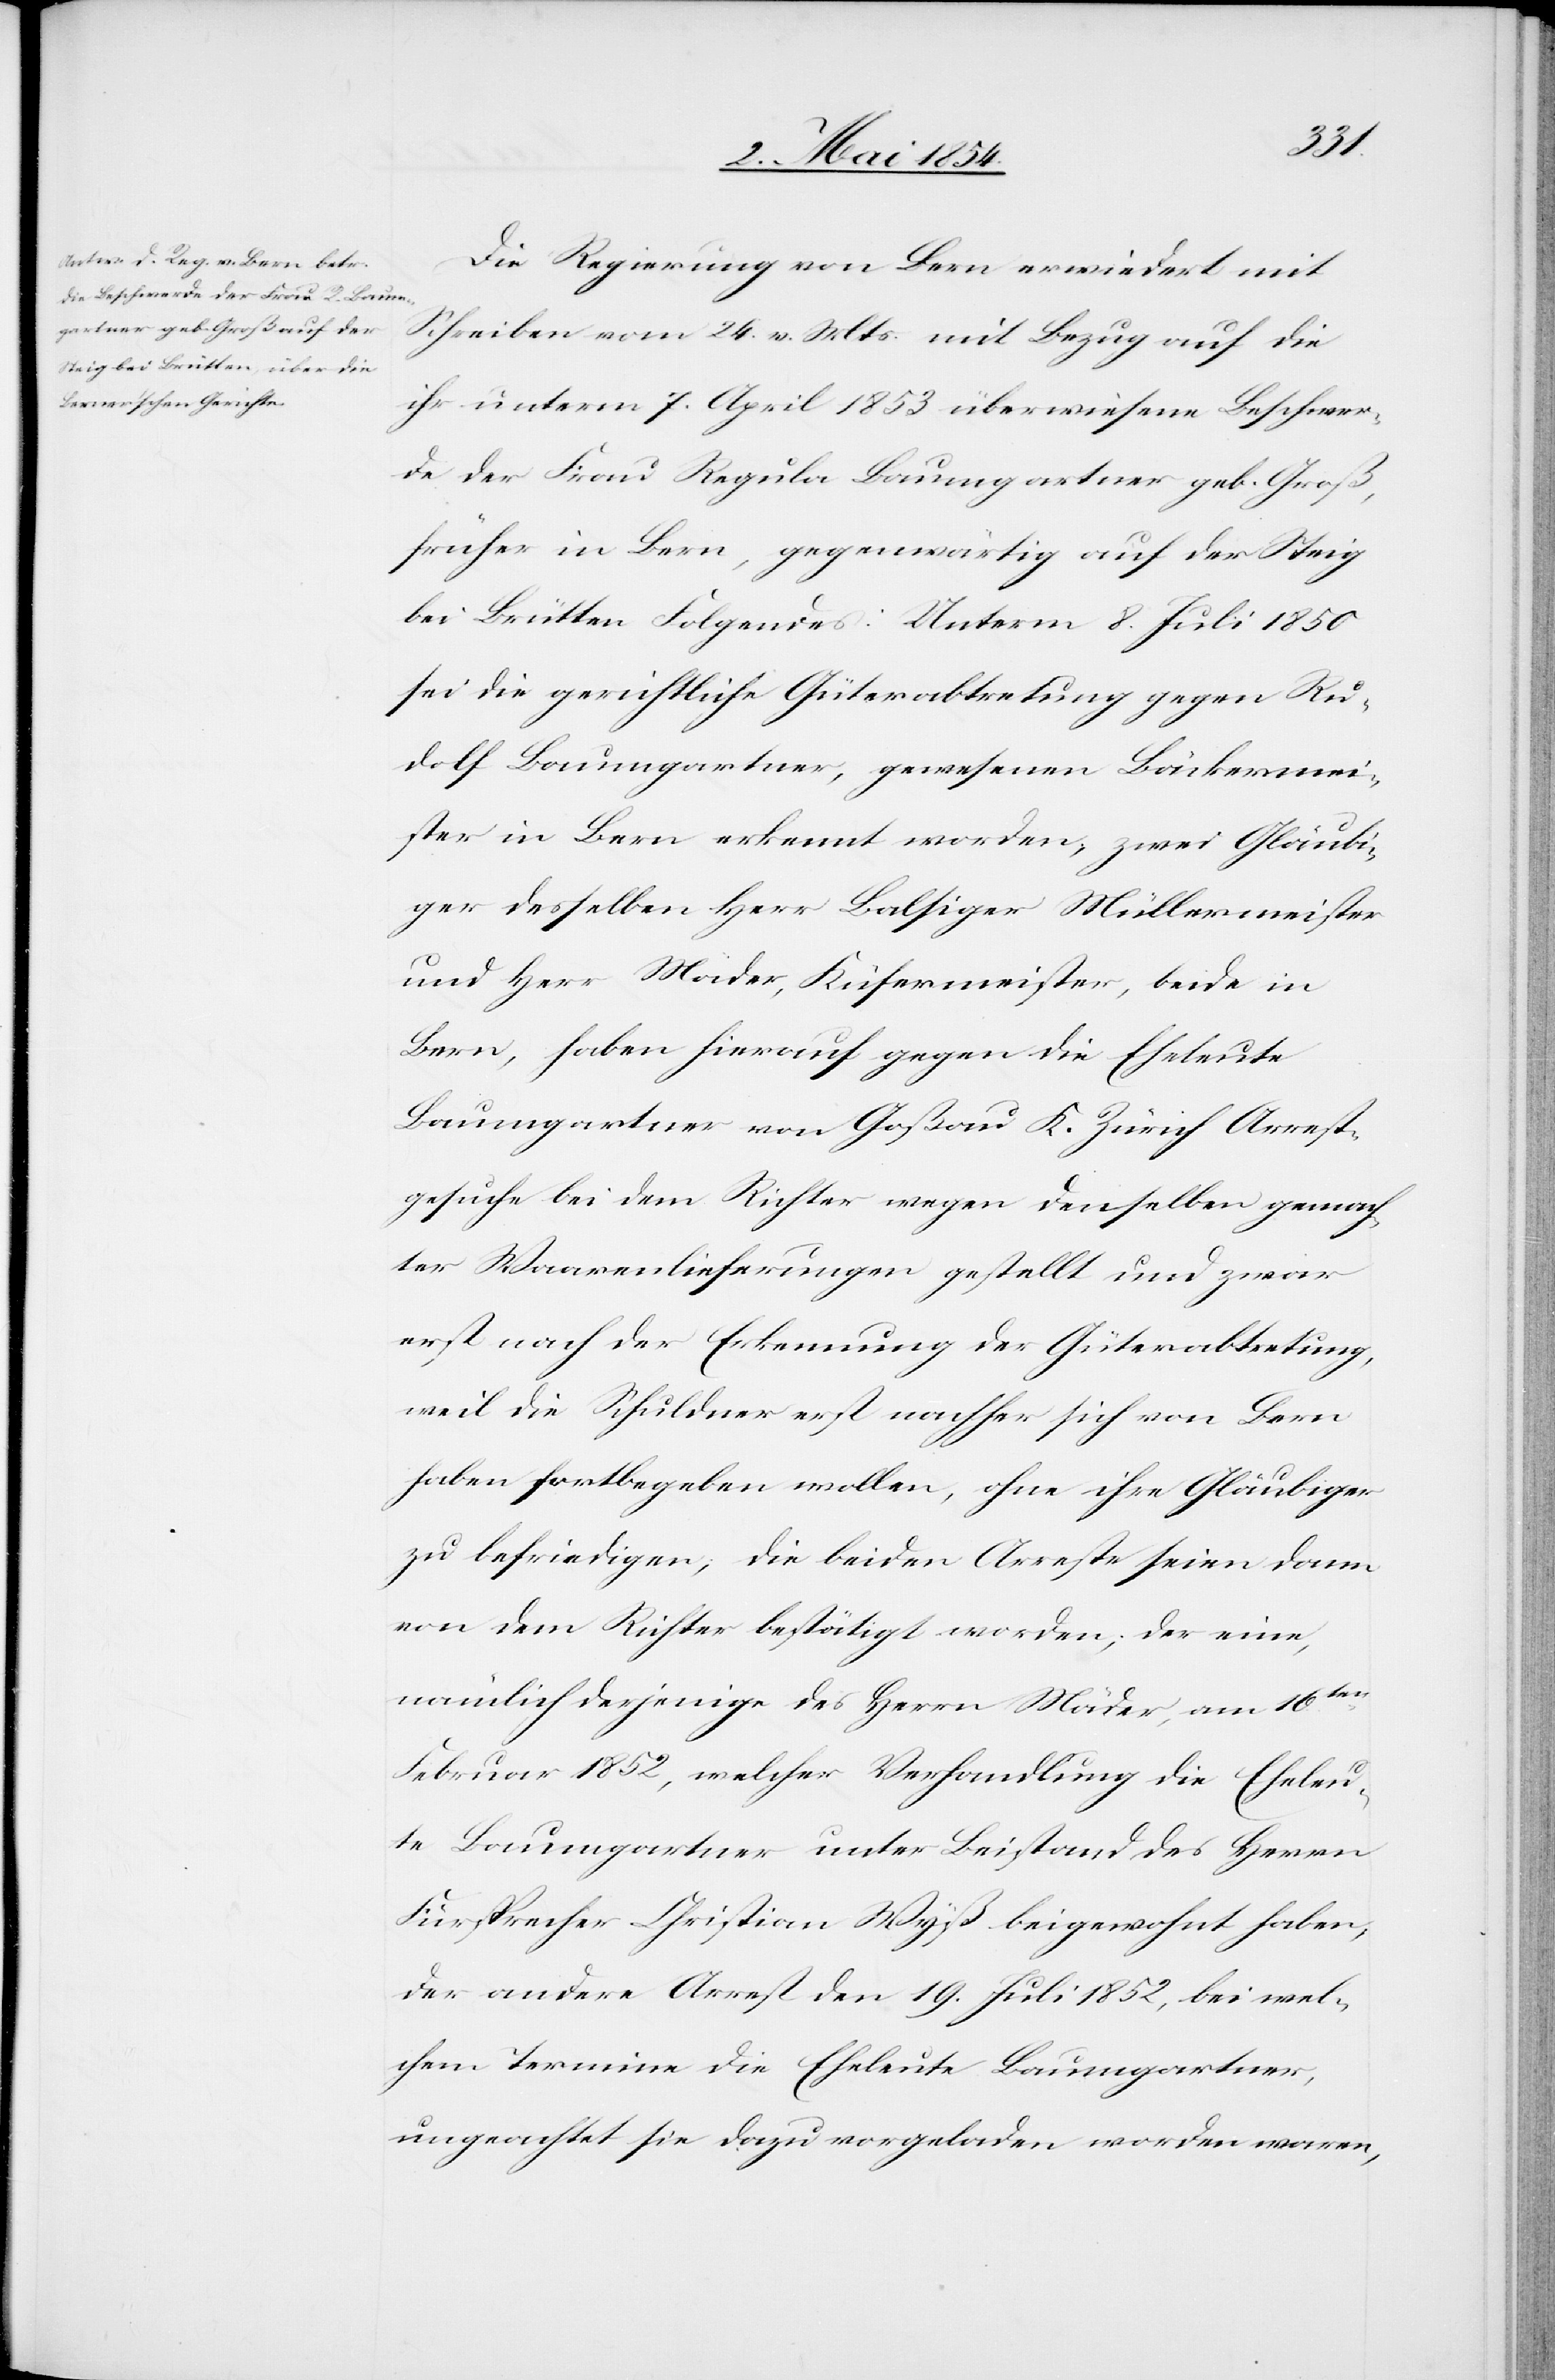
Die Regierung von Bern erwiedert mit
Schreiben vom 24. v. Mts. mit Bezug auf die
ihr unterm 7. April 1853 überwiesene Beschwer¬
de der Frau Regula Baumgartner geb. Groß,
früher in Bern, gegenwärtig auf der Steig
bei Brütten Folgendes: Unterm 8. Juli 1850
sei die gerichtliche Güterabtretung gegen Ru¬
dolf Baumgartner, gewesenen Bäckermei¬
ster in Bern erkennt worden; zwei Gläubi¬
ger desselben Herr Balsiger Müllermeister
und Herr Mäder, Kufermeister, beide in
Bern, haben hierauf gegen die Eheleute
Baumgartner von Goßau K. Zürich Arrest¬
gesuche bei dem Richter wegen denselben gemach¬
ter Waarenlieferungen gestellt und zwar
erst nach der Erkennung der Güterabtretung,
weil die Schuldner erst nachher sich von Bern
haben fortbegeben wollen, ohne ihre Gläubiger
zu befriedigen; die beiden Arreste seien dann
von dem Richter bestätigt worden; der eine,
nämlich derjenige des Herrn Mäder, am 16ten
Februar 1852, welcher Verhandlung die Eheleu¬
te Baumgartner unter Beistand des Herrn
Fürsprecher Christian Wyß beigewohnt haben,
der andere Arrest den 19. Juli 1852, bei wel¬
chem Termine die Eheleute Baumgartner
ungeachtet sie dazu vorgeladen worden waren,